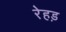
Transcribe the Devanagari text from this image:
रेहड़